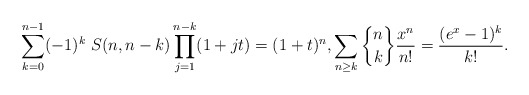
\begin{gather*}\sum_{k=0}^{n-1} (-1)^k~S(n,n-k) \prod_{j=1}^{n-k} (1+j t)=(1+t)^n,\sum_{n \ge k} {n \brace k } {x^n \over n !}={(e^x-1)^k\over k !}.\end{gather*}